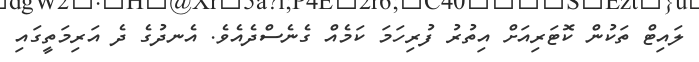
ލައިޓް ތަކުން ކޮޓަރިއަށް އިތުރު ފުރިހަމަ ކަމެއް ގެނެސްދެއެވެ. އެނދުގެ ދެ އަރިމަތީގައި